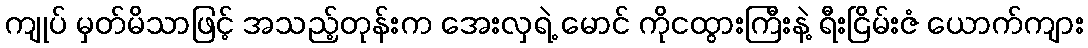
ကျုပ် မှတ်မိသာဖြင့် အသည့်တုန်းက အေးလှရဲ့ မောင် ကိုငထွားကြီးနဲ့ ရီးငြိမ်းဇံ ယောက်ကျား